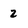
Character: 2